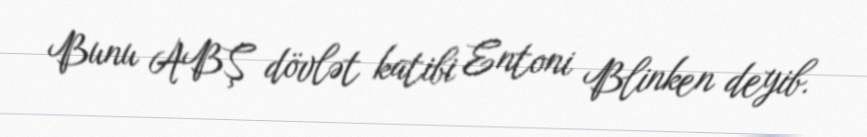
Bunu ABŞ dövlət katibi Entoni Blinken deyib.